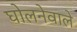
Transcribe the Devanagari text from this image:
घोलनेवाले